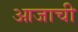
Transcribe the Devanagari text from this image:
आजाची